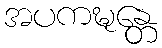
အပကဍ္ဎန္တေ